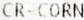
CR-CORN